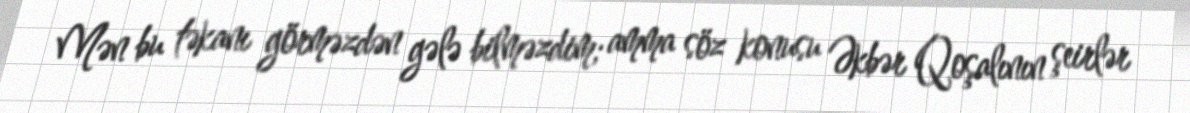
Mən bu təkanı görməzdən gələ bilməzdim; amma söz konusu Əkbər Qoşalının şeirlər